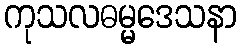
ကုသလဓမ္မဒေသနာ